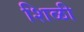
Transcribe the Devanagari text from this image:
शिळी